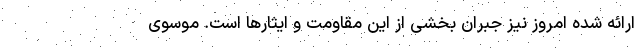
ارائه شده امروز نیز جبران بخشی از این مقاومت و ایثارها است. موسوی